Annual report of the Imperial Bacteriological Laboratory, Muktesar
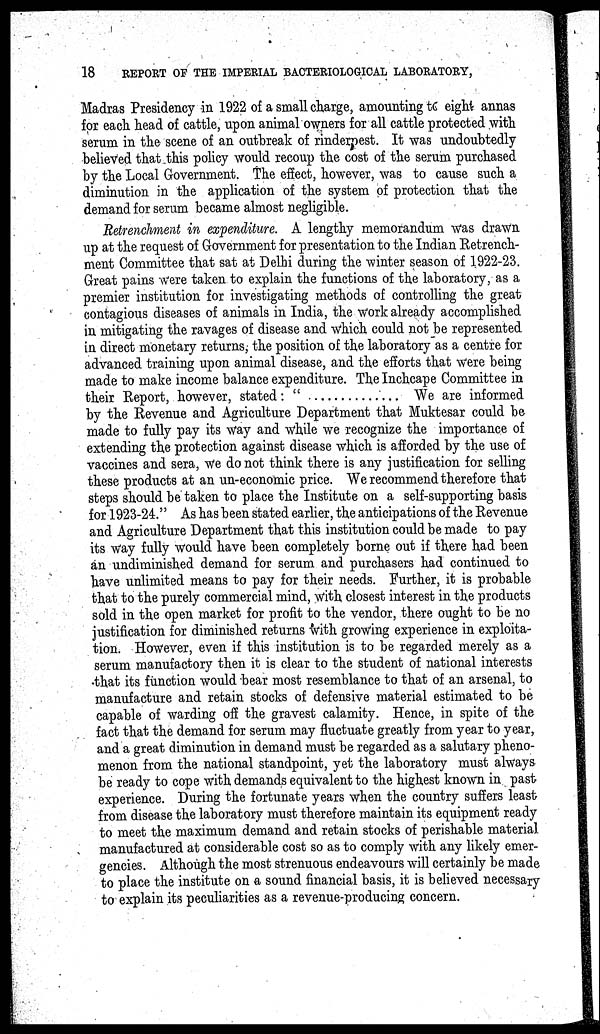
18
REPORT OF THE IMPERIAL BACTERIOLOGICAL LABORATORY,
Madras Presidency in 1922 of a small charge, amounting to eight annas
for each head of cattle, upon animal owners for all cattle protected with
serum in the scene of an outbreak of rinderpest. It was undoubtedly
believed that this policy would recoup the cost of the serum purchased
by the Local Government. The effect, however, was to cause such a
diminution in the application of the system of protection that the
demand for serum became almost negligible.
Retrenchment in expenditure. A lengthy memorandum was drawn
up at the request of Government for presentation to the Indian Retrench-
ment Committee that sat at Delhi during the winter season of 1922-23.
Great pains were taken to explain the functions of the laboratory, as a
premier institution for investigating methods of controlling the great
contagious diseases of animals in India, the work already accomplished
in mitigating the ravages of disease and which could not be represented
in direct monetary returns, the position of the laboratory as a centre for
advanced training upon animal disease, and the efforts that were being
made to make income balance expenditure. The Inchcape Committee in
their Report, however, stated: "
We are informed
by the Revenue and Agriculture Department that Muktesar could be
made to fully pay its way and while we recognize the importance of
extending the protection against disease which is afforded by the use of
vaccines and sera, we do not think there is any justification for selling
these products at an un-economic price. We recommend therefore that
steps should be taken to place the Institute on a self-supporting basis
for 1923-24." As has been stated earlier, the anticipations of the Revenue
and Agriculture Department that this institution could be made to pay
its way fully would have been completely borne out if there had been
an undiminished demand for serum and purchasers had continued to
have unlimited means to pay for their needs. Further, it is probable
that to the purely commercial mind, with closest interest in the products
sold in the open market for profit to the vendor, there ought to be no
justification for diminished returns with growing experience in exploita-
tion. However, even if this institution is to be regarded merely as a
serum manufactory then it is clear to the student of national interests
that its function would bear most resemblance to that of an arsenal, to
manufacture and retain stocks of defensive material estimated to be
capable of warding off the gravest calamity. Hence, in spite of the
fact that the demand for serum may fluctuate greatly from year to year,
and a great diminution in demand must be regarded as a salutary pheno-
menon from the national standpoint, yet the laboratory must always
be ready to cope with demands equivalent to the highest known in past
experience. During the fortunate years when the country suffers least
from disease the laboratory must therefore maintain its equipment ready
to meet the maximum demand and retain stocks of perishable material
manufactured at considerable cost so as to comply with any likely emer-
gencies. Although the most strenuous endeavours will certainly be made
to place the institute on a sound financial basis, it is believed necessary
to explain its peculiarities as a revenue-producing concern.